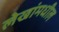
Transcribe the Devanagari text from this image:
लेखांमधील